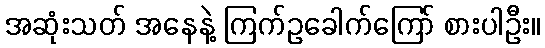
အဆုံးသတ် အနေနဲ့ ကြက်ဥခေါက်ကြော် စားပါဦး။